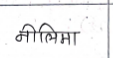
मजकूर: नीलिमा